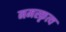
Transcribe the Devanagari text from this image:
नमस्कृत्य